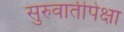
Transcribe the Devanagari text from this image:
सुरुवातीपेक्षा